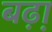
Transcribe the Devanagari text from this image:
बढ़़ा